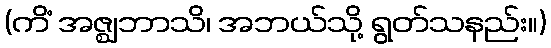
(ကိံ အဇ္ဈဘာသိ၊ အဘယ်သို့ ရွတ်သနည်း။)